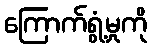
ကြောက်ရွံ့မှုကို